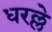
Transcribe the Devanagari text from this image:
धरल्ले